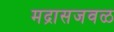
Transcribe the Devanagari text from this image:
मद्रासजवळ